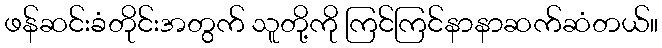
ဖန်ဆင်းခံတိုင်းအတွက် သူတို့ကို ကြင်ကြင်နာနာဆက်ဆံတယ်။